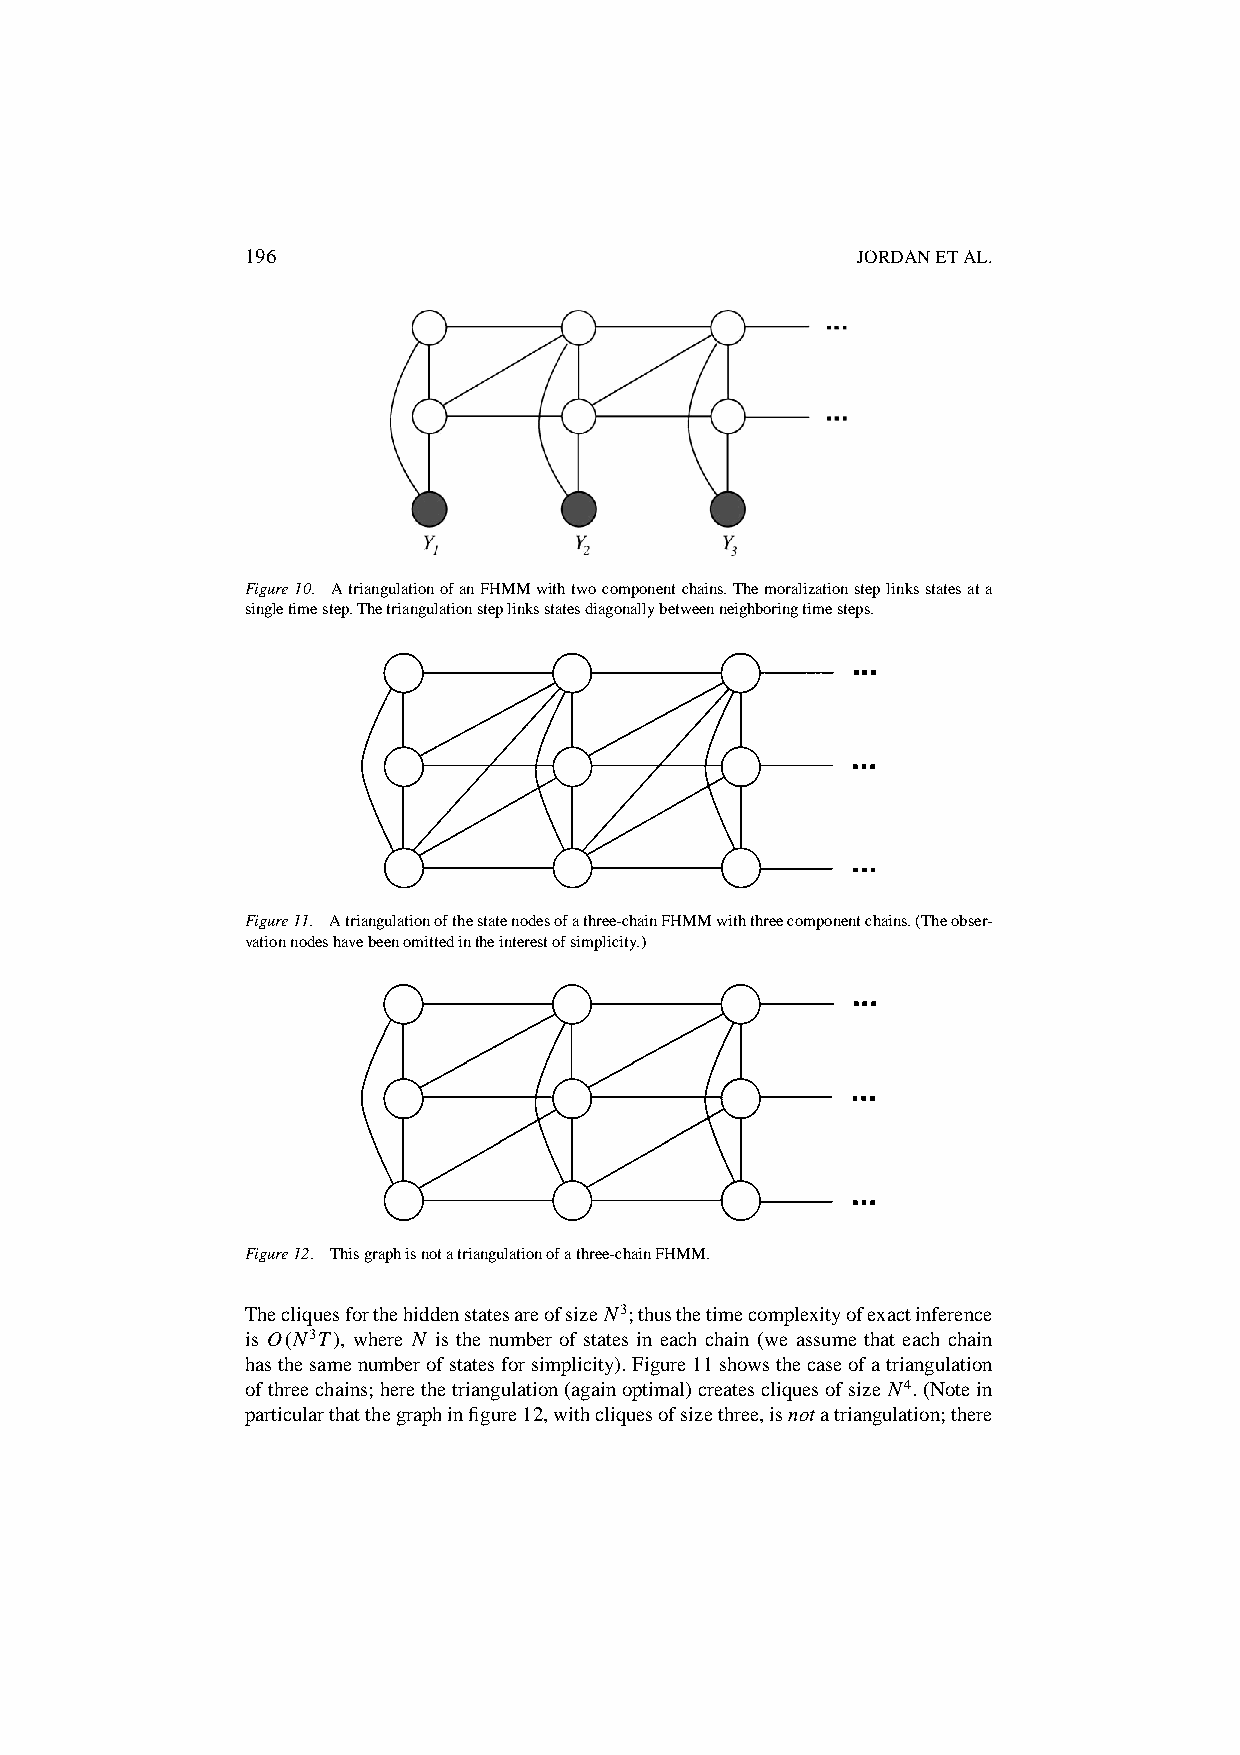
196                                      JORDANETAL.
 Figure10. AtriangulationofanFHMMwithtwocomponentchains.Themoralizationsteplinksstatesata
 singletimestep.Thetriangulationsteplinksstatesdiagonallybetweenneighboringtimesteps.
 Figure11. Atriangulationofthestatenodesofathree-chainFHMMwiththreecomponentchains.(Theobser-
 vationnodeshavebeenomittedintheinterestofsimplicity.)
 Figure12. Thisgraphisnotatriangulationofathree-chainFHMM.
 ThecliquesforthehiddenstatesareofsizeN3;thusthetimecomplexityofexactinference
 is O.N3T/, where N is the number of states in each chain (we assume that each chain
 hasthesamenumberofstatesforsimplicity).Figure11showsthecaseofatriangulation
 ofthreechains;herethetriangulation(againoptimal)createscliquesofsize N4.(Notein
 particularthatthegraphinfigure12,withcliquesofsizethree,isnotatriangulation;there